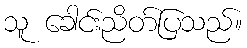
သူ ခေါင်းညိတ်ပြသည်။